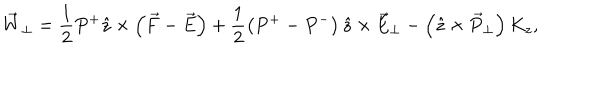
\vec { W } _ { \perp } = \frac { 1 } { 2 } P ^ { + } \hat { z } \times \left( \vec { F } - \vec { E } \right) + \frac { 1 } { 2 } \left( P ^ { + } - P ^ { - } \right) \hat { z } \times \vec { E } _ { \perp } - \left( \hat { z } \times \vec { P } _ { \perp } \right) K _ { z } ,